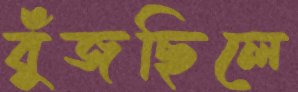
বুঁজছিলে